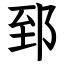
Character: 郅